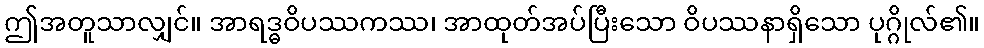
ဤအတူသာလျှင်။ အာရဒ္ဓဝိပဿကဿ၊ အာထုတ်အပ်ပြီးသော ဝိပဿနာရှိသော ပုဂ္ဂိုလ်၏။